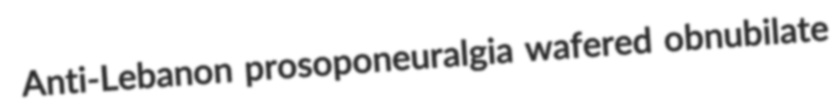
Anti-Lebanon prosoponeuralgia wafered obnubilate